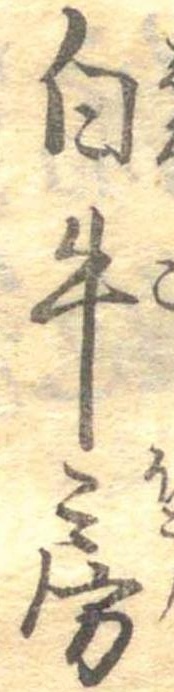
白牛房